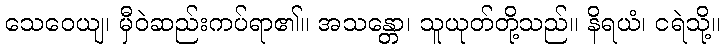
သေဝေယျ၊ မှီဝဲဆည်းကပ်ရာ၏။ အသန္တော၊ သူယုတ်တို့သည်။ နိရယံ၊ ငရဲသို့။